Mental hospitals Bombay report 1921-28 - 1921-1928
Year: 1921
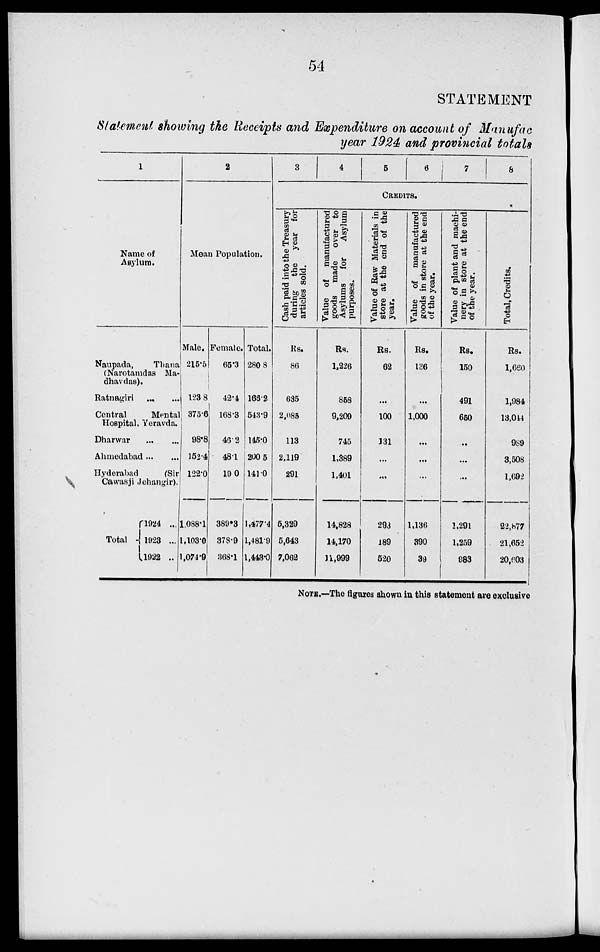
54
STATEMENT
Statement showing the Receipts and Expenditure on account of Manufac
year 1924 and provincial totals
1
Name of
Asylum.
Naupada,
Thana
(Narotamdas Ma-
dhavdas).
Ratnagiri ... ...
Central
Mental
Hospital, Yeravda.
Dharwar ... ...
Ahmedabad ... ...
Hyderabad
(Sir
Cawasji Jehangir).
Total ...
1924 ...
1923 ...
1922 ...
2
Mean Population.
Male.
215.5
123.8
375.6
98.8
152.4
122.0
1,088.1
1,103.0
1,074.9
Female.
65.3
42.4
168.3
46.2
48.1
19.0
389.3
378.9
368.1
Total.
280.8
166.2
543.9
145.0
200.5
141.0
1,477.4
1,481.9
1,443.0
3
4
5
6
7
8
CREDITS.
Cash paid into the Treasury
during the year for
articles sold.
Rs.
86
635
2,085
113
2,119
291
5,329
5,643
7,062
Value of manufactured
goods made over to
Asylums for
Asylum
purposes.
Rs.
1,226
858
9,209
745
1,389
1,401
14,828
14,170
11,999
Value of Raw Materials in
store at the end of the
year.
Rs.
62
...
100
131
...
...
293
189
520
Value of manufactured
goods in store at the end
of the year.
Rs.
136
...
1,000
...
...
...
1,136
390
39
Value of plant and machi-
nery in store at the end
of the year.
Rs.
150
491
650
...
...
...
1,291
1,259
983
Total, Credits.
Rs.
1,660
1,984
13,044
989
3,508
1,692
22,877
21,652
20,603
NOTE.—The figures shown in this statement are exclusive